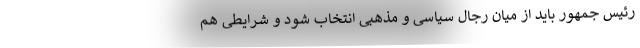
رئیس جمهور باید از میان رجال سیاسی و مذهبی انتخاب شود و شرایطی هم